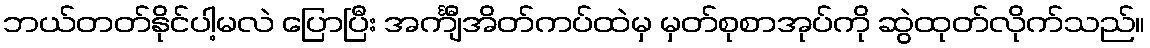
ဘယ်တတ်နိုင်ပါ့မလဲ ပြောပြီး အင်္ကျီအိတ်ကပ်ထဲမှ မှတ်စုစာအုပ်ကို ဆွဲထုတ်လိုက်သည်။